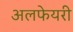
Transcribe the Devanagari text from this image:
अलफेयरी